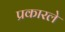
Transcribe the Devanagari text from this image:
प्रकारले